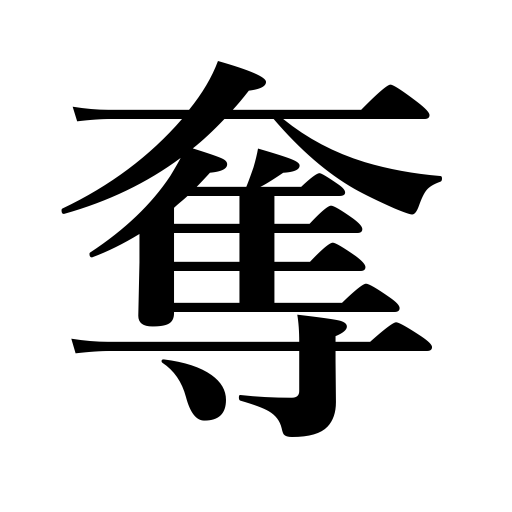
Meanings: disposess,snatch away,usurp,absorb attention,plunder,fascinate,oust,deprive of,take by force